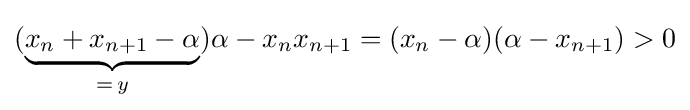
(\underbrace {x_{n}+x_{n+1}-\alpha } _{=\,y})\alpha -x_{n}x_{n+1}=(x_{n}-\alpha )(\alpha -x_{n+1})>0